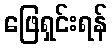
ဖြေရှင်းရန်